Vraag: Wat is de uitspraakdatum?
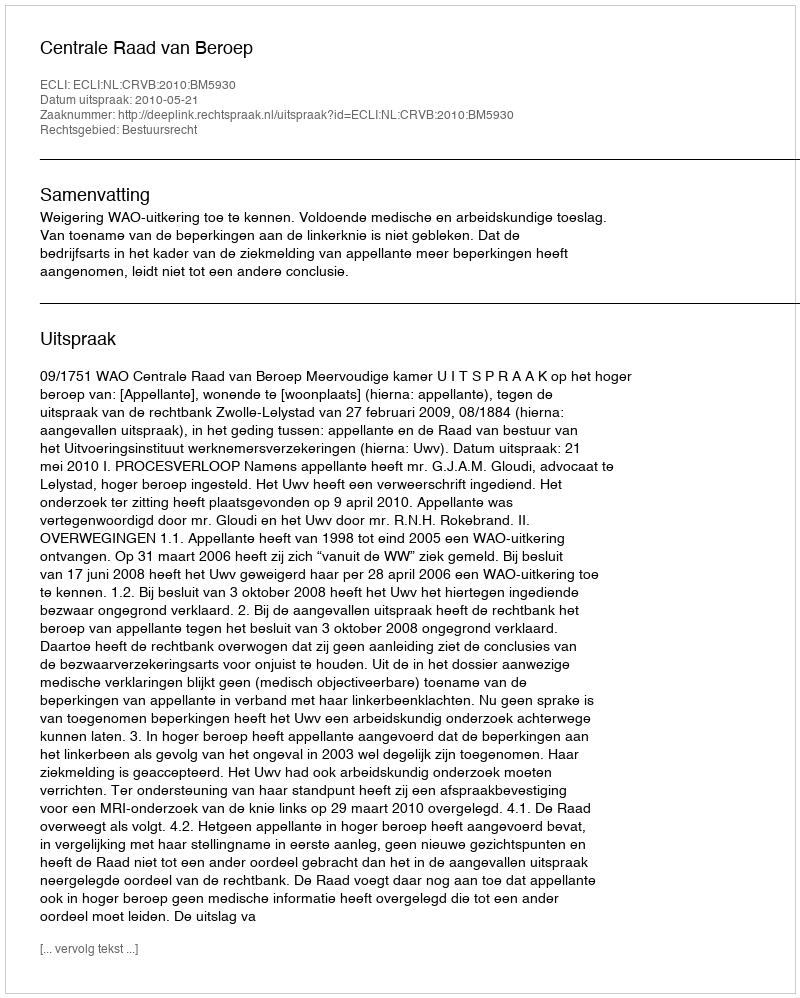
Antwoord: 2010-05-21